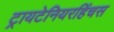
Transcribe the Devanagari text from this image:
ट्रायटेनियरहिंचस